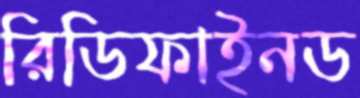
রিডিফাইনড